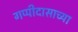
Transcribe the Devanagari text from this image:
गप्पीदासाच्या